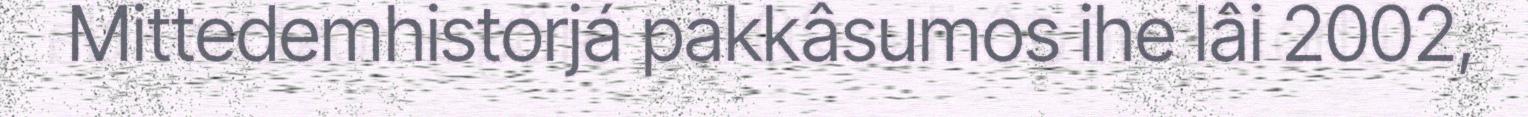
Mittedemhistorjá pakkâsumos ihe lâi 2002,